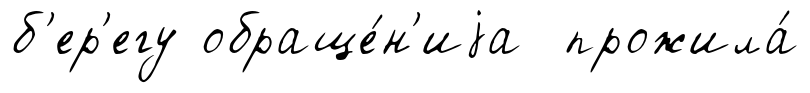
б'ер'егу обраще́н'иjа прожила́